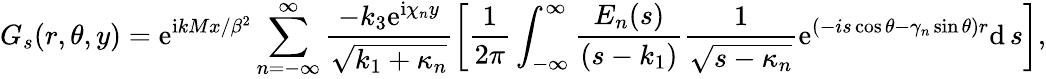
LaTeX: G_{s}(r,\theta,y)=\mathrm{e}^{\mathrm{i}kMx/\beta^{2}}\sum_{n=-\infty}^{\infty}\frac{-k_{3}\mathrm{e}^{\mathrm{i}\chi_{n}y}}{\sqrt{k_{1}+\kappa_{n}}}\left[\frac{1}{2\pi}\int_{-\infty}^{\infty}\frac{E_{n}(s)}{(s-k_{1})}\frac{1}{\sqrt{s-\kappa_{n}}}\mathrm{e}^{(-is\cos\theta-\gamma_{n}\sin\theta)r}\mathrm{d}\, s\right],